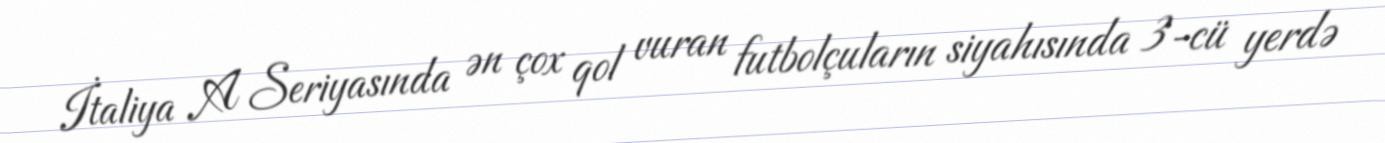
İtaliya A Seriyasında ən çox qol vuran futbolçuların siyahısında 3-cü yerdə